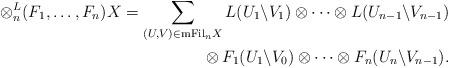
LaTeX: \begin{align*} \otimes^L_n(F_1,\dots,F_n)X = \sum_{(U,V)\in \mathrm{mFil}_nX} {L(U_1\backslash V_1) \otimes \dots \otimes L(U_{n-1}\backslash V_{n-1}}) \\ \phantom{\otimes^L_n(F_1,\dots,F_n)X = }{} \otimes F_1 ( U_1\backslash V_0 ) \otimes \dots \otimes F_n ( U_n\backslash V_{n-1} ). \end{align*}